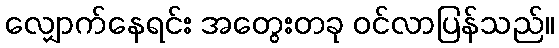
လျှောက်နေရင်း အတွေးတခု ဝင်လာပြန်သည်။